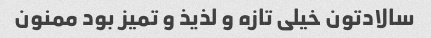
سالادتون خیلی تازه و لذیذ و تمیز بود ممنون